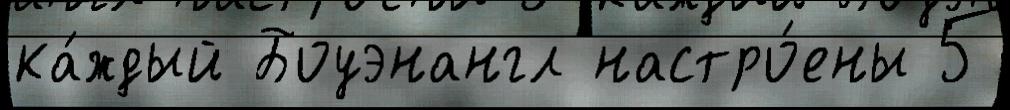
ка́ждый Боуэнангл настро́ены 5